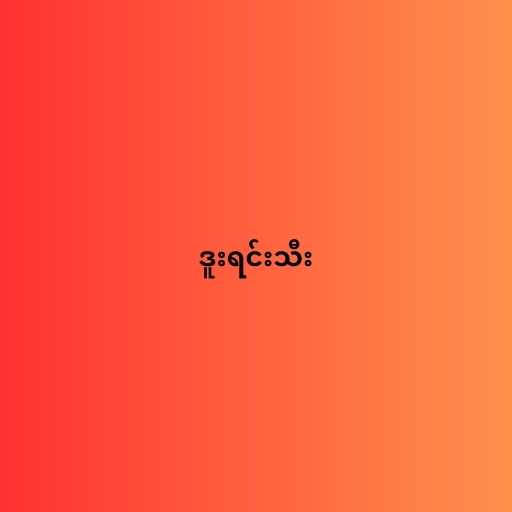
ဒူးရင်းသီး